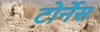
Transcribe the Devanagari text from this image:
टोर्नेस